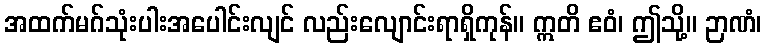
အထက်မဂ်သုံးပါးအပေါင်းလျင် လည်းလျောင်းရာရှိကုန်။ ဣတိ ဧဝံ၊ ဤသို့။ ဉာဏံ၊